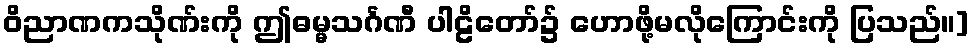
ဝိညာဏကသိုဏ်းကို ဤဓမ္မသင်္ဂဏီ ပါဠိတော်၌ ဟောဖို့မလိုကြောင်းကို ပြသည်။]